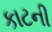
કાટની